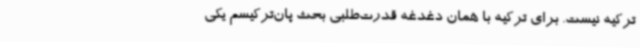
ترکیه نیست. برای ترکیه با همان دغدغه قدرت‌طلبی بحث پان‌ترکیسم یکی